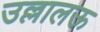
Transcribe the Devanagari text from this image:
उल्लालऊ